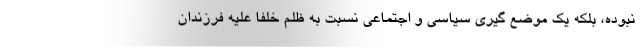
نبوده، بلکه یک موضع گیری سیاسی و اجتماعی نسبت به ظلم خلفا علیه فرزندان